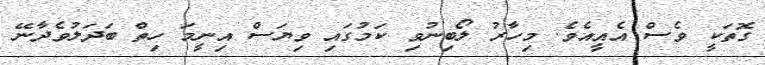
ގޮތަކީ ވެސް އެއީއެވެ. މިހާރު ލޯބިނުވި ކަމުގައި ވިޔަސް އިނީމަ ހިތް ބަދަލުވެދާނޭ